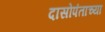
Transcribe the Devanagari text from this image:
दासोपंताच्या